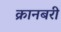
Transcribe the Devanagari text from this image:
क्रानबरी